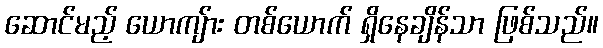
ဆောင်မည့် ယောကျ်ား တစ်ယောက် ရှိနေချိန်သာ ဖြစ်သည်။